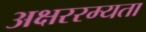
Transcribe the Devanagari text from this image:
अक्षररम्यता